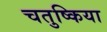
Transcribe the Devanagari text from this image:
चतुष्किया